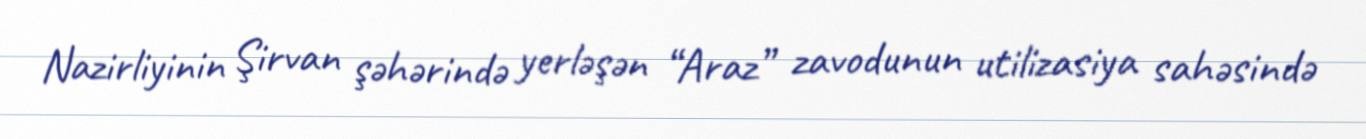
Nazirliyinin Şirvan şəhərində yerləşən “Araz” zavodunun utilizasiya sahəsində